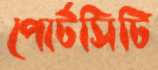
পোর্টসিটি